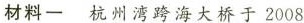
材料一 杭州湾跨海大桥于2008